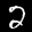
Label: 2